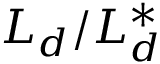
{ \cal L } _ { d } / { \cal L } _ { d } ^ { * }